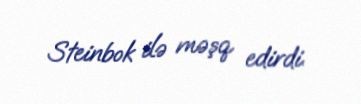
Steinbok ilə məşq edirdi.